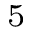
^ { 5 \, }